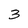
Character: 3